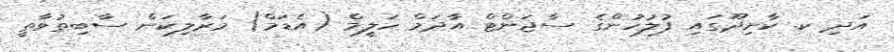
އަދި ކ. ކާށިދޫގައި ފުލުހުންގެ ސާޖަންޓް އާދަމް ހަލީމް (އެޑަމް) މަރާލިކަން ސާބިތުވާތީ